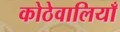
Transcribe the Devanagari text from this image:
कोठेवालियाँ